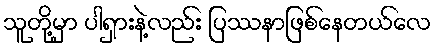
သူတို့မှာ ပါရှားနဲ့လည်း ပြဿနာဖြစ်နေတယ်လေ